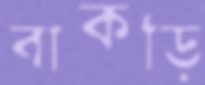
বাকড়ি